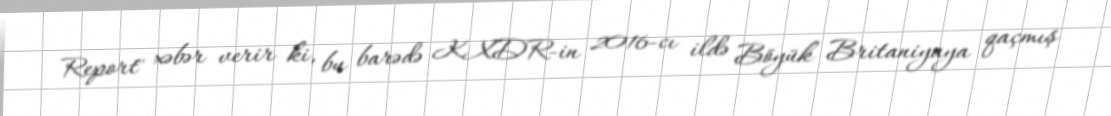
Report" xəbər verir ki, bu barədə KXDR-in 2016-cı ildə Böyük Britaniyaya qaçmış